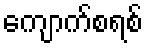
ကျောက်စရစ်